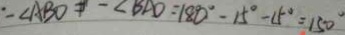
: \angle A B O = - \angle B A D = 1 8 0 ^ { \circ } - 1 5 ^ { \circ } - 1 5 ^ { \circ } = 1 5 0 ^ { \circ }